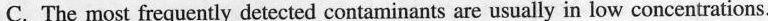
C.The most frequently detected contaminants are usually in low concentrations